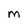
Character: M